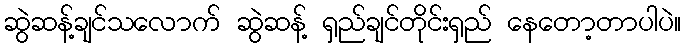
ဆွဲဆန့်ချင်သလောက် ဆွဲဆန့် ရှည်ချင်တိုင်းရှည် နေတော့တာပါပဲ။